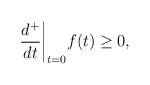
\begin{align*} \frac{d^+}{dt}\biggr\rvert_{t=0}f(t) \geq 0, \end{align*}